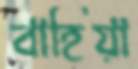
বাহিয়া